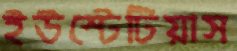
ইউস্টেটিয়াস